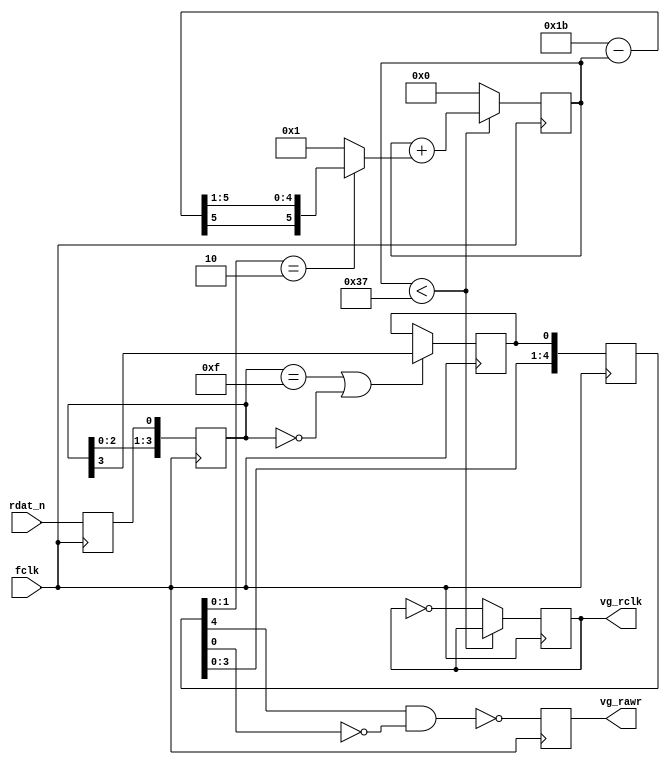
module fapch_zek
(
	input  wire fclk,
	input  wire rdat_n,
	output reg  vg_rclk = 0,
	output reg  vg_rawr
);

	reg [3:0] rdat_sr;
	reg rawr_sync;
	reg rdat_n_r;

	always @ (posedge fclk)
	begin
		rdat_n_r <= rdat_n;
	  rdat_sr <= {rdat_sr[2:0], rdat_n_r};

	  if ((rdat_sr == 4'hF) || (rdat_sr == 4'h0)) 
      rawr_sync <= rdat_sr[3];
	end

	// RAWR
	reg [4:0] rawr_sr;

	always @ (posedge fclk)
	begin
	  rawr_sr <= {rawr_sr[3:0], rawr_sync};
	  vg_rawr <= !(rawr_sr[4] && !rawr_sr[0]);   // RAWR 140ns
	end

	// RCLK
	reg [5:0] counter = 0;
	wire[5:0] delta = 6'd27 - counter;
	wire[5:0] shift = {delta[5], delta[5], delta[4:1]};   // sign div
	wire[5:0] inc = (rawr_sr[1:0] == 2'b10) ? shift : 6'b1;

	always @ (posedge fclk)
	begin
    if (counter < 55)
      counter <= counter + inc;
    else
    begin
      counter <= 0;
      vg_rclk <= ~vg_rclk;
    end
	end

endmodule